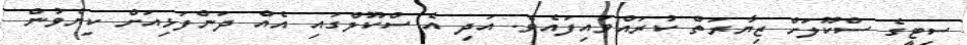
ސިޓީގެ ސްކޫލަށް ޒިޔާރަތް ކުރައްވައިފައެވެ. އަދި އެ ސްކޫލްގައި އެއް ދަންފަޅިއަށް ކިޔެވުން